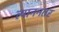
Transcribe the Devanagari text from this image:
त्याननतर